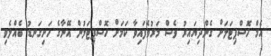
އެމް ހޮސްޕިޓަލަށް ގެންދިޔައިރު ވެސް މަރުވެފައިވާ ކަމަށް ހޮސްޕިޓަލުން އޭނާގެ ހަށިގަނޑު ބެއްލެވި